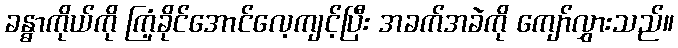
ခန္ဓာကိုယ်ကို ကြံ့ခိုင်အောင်လေ့ကျင့်ပြီး အခက်အခဲကို ကျော်လွှားသည်။